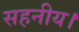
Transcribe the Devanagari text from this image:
सहनीय।